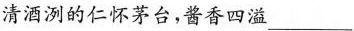
清酒洌的仁怀茅台，酱香四溢___